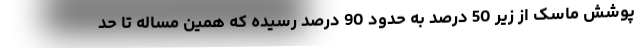
پوشش ماسک از زیر 50 درصد به حدود 90 درصد رسیده که همین مساله تا حد